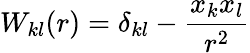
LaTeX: W_{kl}(r)=\delta_{kl}-\frac{x_{k}x_{l}}{r^{2}}